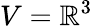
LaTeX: V=\mathbb{R}^{3}